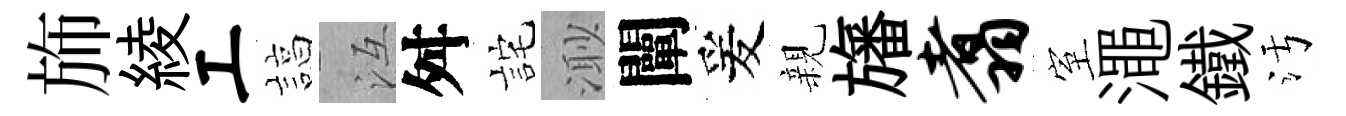
斾綾工諄冱舛詫𣺌闡爰親旛翥室澠鐵污